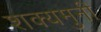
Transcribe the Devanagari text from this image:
शक्यमुनी